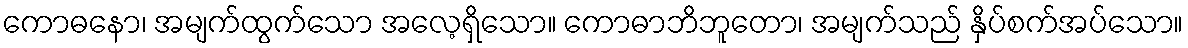
ကောဓနော၊ အမျက်ထွက်သော အလေ့ရှိသော။ ကောဓာဘိဘူတော၊ အမျက်သည် နှိပ်စက်အပ်သော။